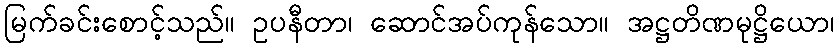
မြက်ခင်းစောင့်သည်။ ဥပနီတာ၊ ဆောင်အပ်ကုန်သော။ အဋ္ဌတိဏမုဋ္ဌိယော၊